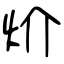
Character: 炌